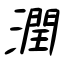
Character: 潤